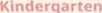
Kindergarten